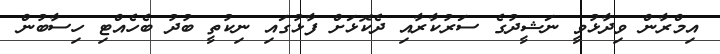
އިމްރާން ވިދާޅުވީ ނަޝީދުގެ ސަރުކާރާއި ދެކޮޅަށް ފާޅުގައި ނިކުތީ ބުދު ބެހެއްޓި ހިސާބުން